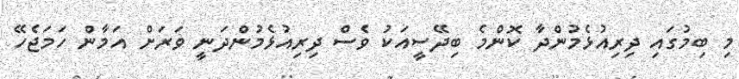
މި ބިމުގައި ދިރިއުޅެމުންދާ ކޮންމެ ބިދޭސީއަކު ވެސް ދިރިއުޅެމުންދަނީ ވަރަށް އަމާން ހަމަޖެހޭ